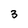
Character: 3